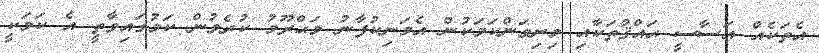
އެތަކެއް އަސާސީ ޙައްޤުތަކާއި މިނިވަންކަމަކުން އެމަނިކުފާނު މަޙްރޫމު ކުރެވުން ކަމުގައިވާތީ އެ ކަމަކީ